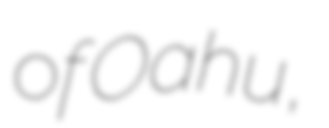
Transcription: of Oahu,